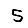
Digit: 5